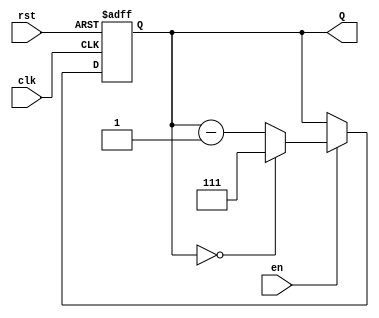
module binary_down_counter #(
    parameter MAX_COUNT = 8 // Define the maximum count value (2^N - 1)
)(
    input wire clk,          // Clock signal
    input wire rst,          // Reset signal (active-high)
    input wire en,           // Enable signal
    output reg [N-1:0] Q     // Output count
);
    localparam N = $clog2(MAX_COUNT); // Number of bits required to represent MAX_COUNT

    // Initialize the count register to the maximum value on reset
    always @(posedge clk or posedge rst) begin
        if (rst) begin
            Q <= MAX_COUNT - 1; // Reset to maximum value
        end else if (en) begin
            if (Q == 0) begin
                Q <= MAX_COUNT - 1; // Wrap around behavior
            end else begin
                Q <= Q - 1; // Decrement count
            end
        end
    end
endmodule